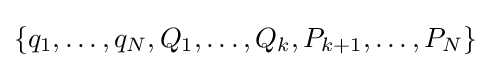
{\textstyle \{q_{1},\ldots ,q_{N},Q_{1},\ldots ,Q_{k},P_{k+1},\ldots ,P_{N}\}}